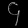
Digit: ၄